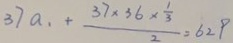
3 7 a _ { 1 } + \frac { 3 7 \times 3 6 \times \frac { 1 } { 3 } } { 2 } = 6 2 9